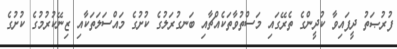
ފުރުޞަތު ދީފައިވާ ކުދީންގެ ތެރޭގައި މަސްތުވާތަކެއްޗާއި ބަނގުރަލުގެ ކުށުގެ މައްސަލަތަކާއި ޒިނޭކުރުމުގެ ކުށުގެ